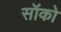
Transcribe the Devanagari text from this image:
सॉको